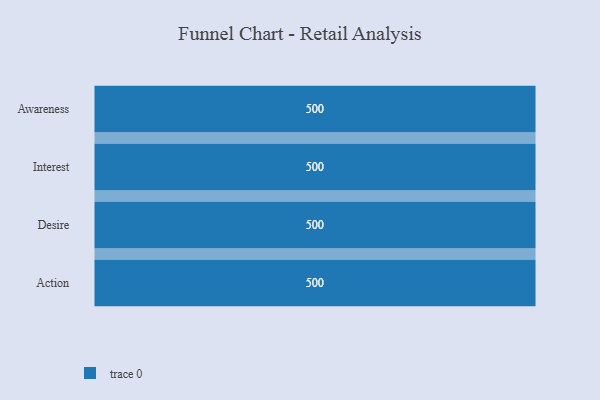
{"axis": {"x": "Stage", "y": "Value"}, "legend": [""], "data": [{"x": "Awareness", "y": 500, "type": ""}, {"x": "Interest", "y": 500, "type": ""}, {"x": "Desire", "y": 500, "type": ""}, {"x": "Action", "y": 500, "type": ""}]}